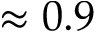
\approx 0 . 9